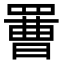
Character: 𦋿